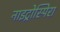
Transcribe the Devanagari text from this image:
नाइट्रोस्पिरा